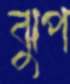
ঝুপ